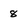
Character: 8